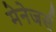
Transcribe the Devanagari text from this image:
मेनेजर्स